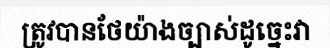
ត្រូវបានថែយ៉ាងច្បាស់ដូច្នេះវា